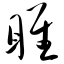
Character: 睢